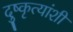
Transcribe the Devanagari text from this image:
दुष्कृत्यांशी